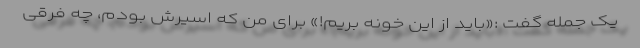
یک جمله گفت :«باید از این خونه بریم!» برای من که اسیرش بودم، چه فرقی